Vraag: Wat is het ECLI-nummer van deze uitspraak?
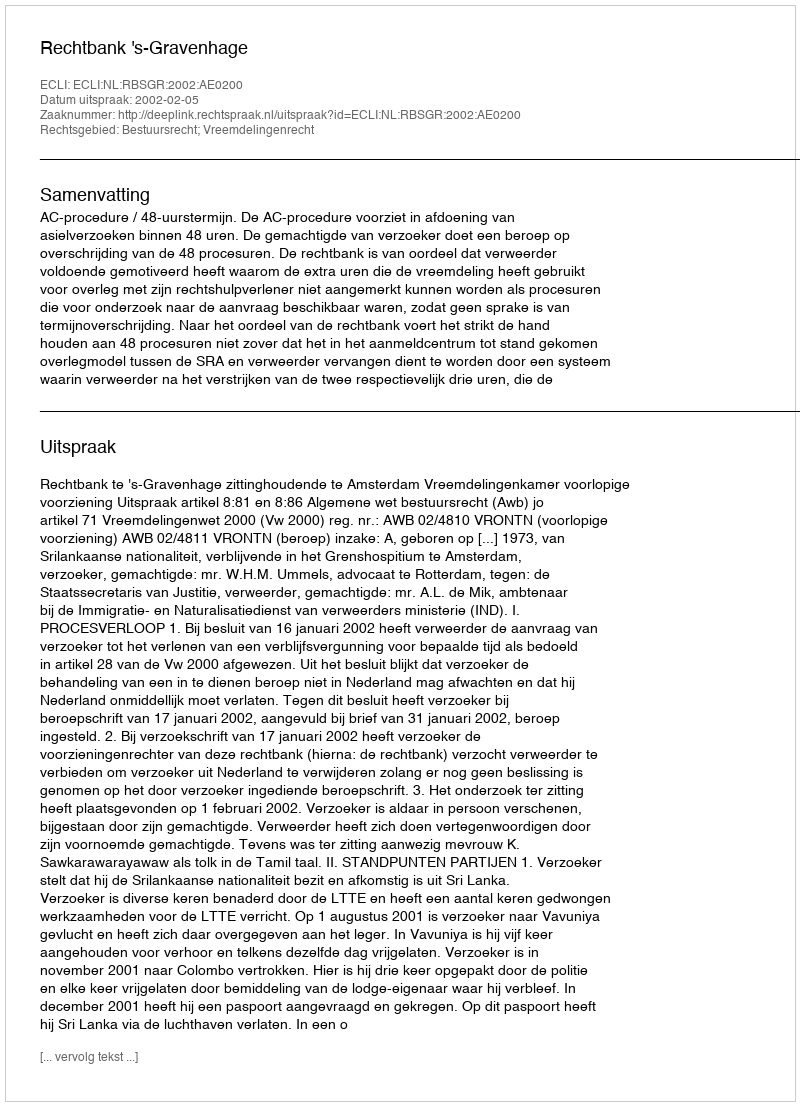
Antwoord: ECLI:NL:RBSGR:2002:AE0200